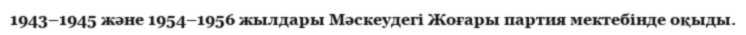
1943–1945 және 1954–1956 жылдары Мәскеудегі Жоғары партия мектебінде оқыды.